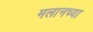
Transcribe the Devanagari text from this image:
मलानच्या